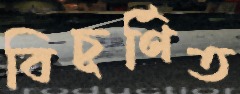
বিচূর্ণিত